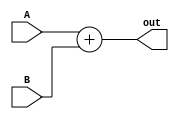
`timescale 1ns / 1ps

module Add8bit (
    A,
    B,
    out
);

  input [7:0] A, B;
  output [7:0] out;

  assign out = A + B;

endmodule